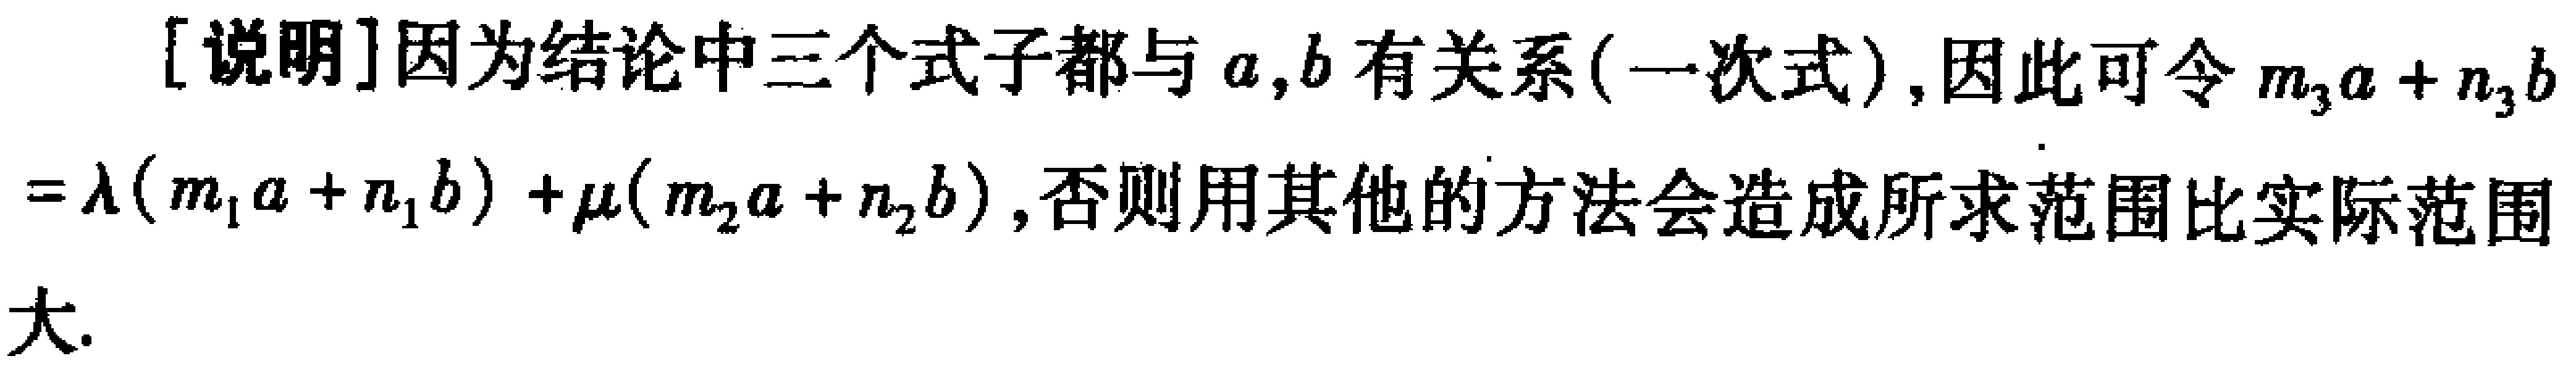
[说明]因为结论中三个式子都与 \(a,b\) 有关系(一次式),因此可令 \(m_{3}a + n_{3}b=\lambda(m_{1}a + n_{1}b)+\mu(m_{2}a + n_{2}b)\),否则用其他的方法会造成所求范围比实际范围大.